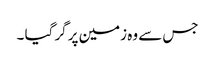
جس سے وہ زمین پر گر گیا ۔